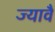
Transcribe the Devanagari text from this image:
ज्यावै